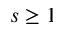
s \geq 1